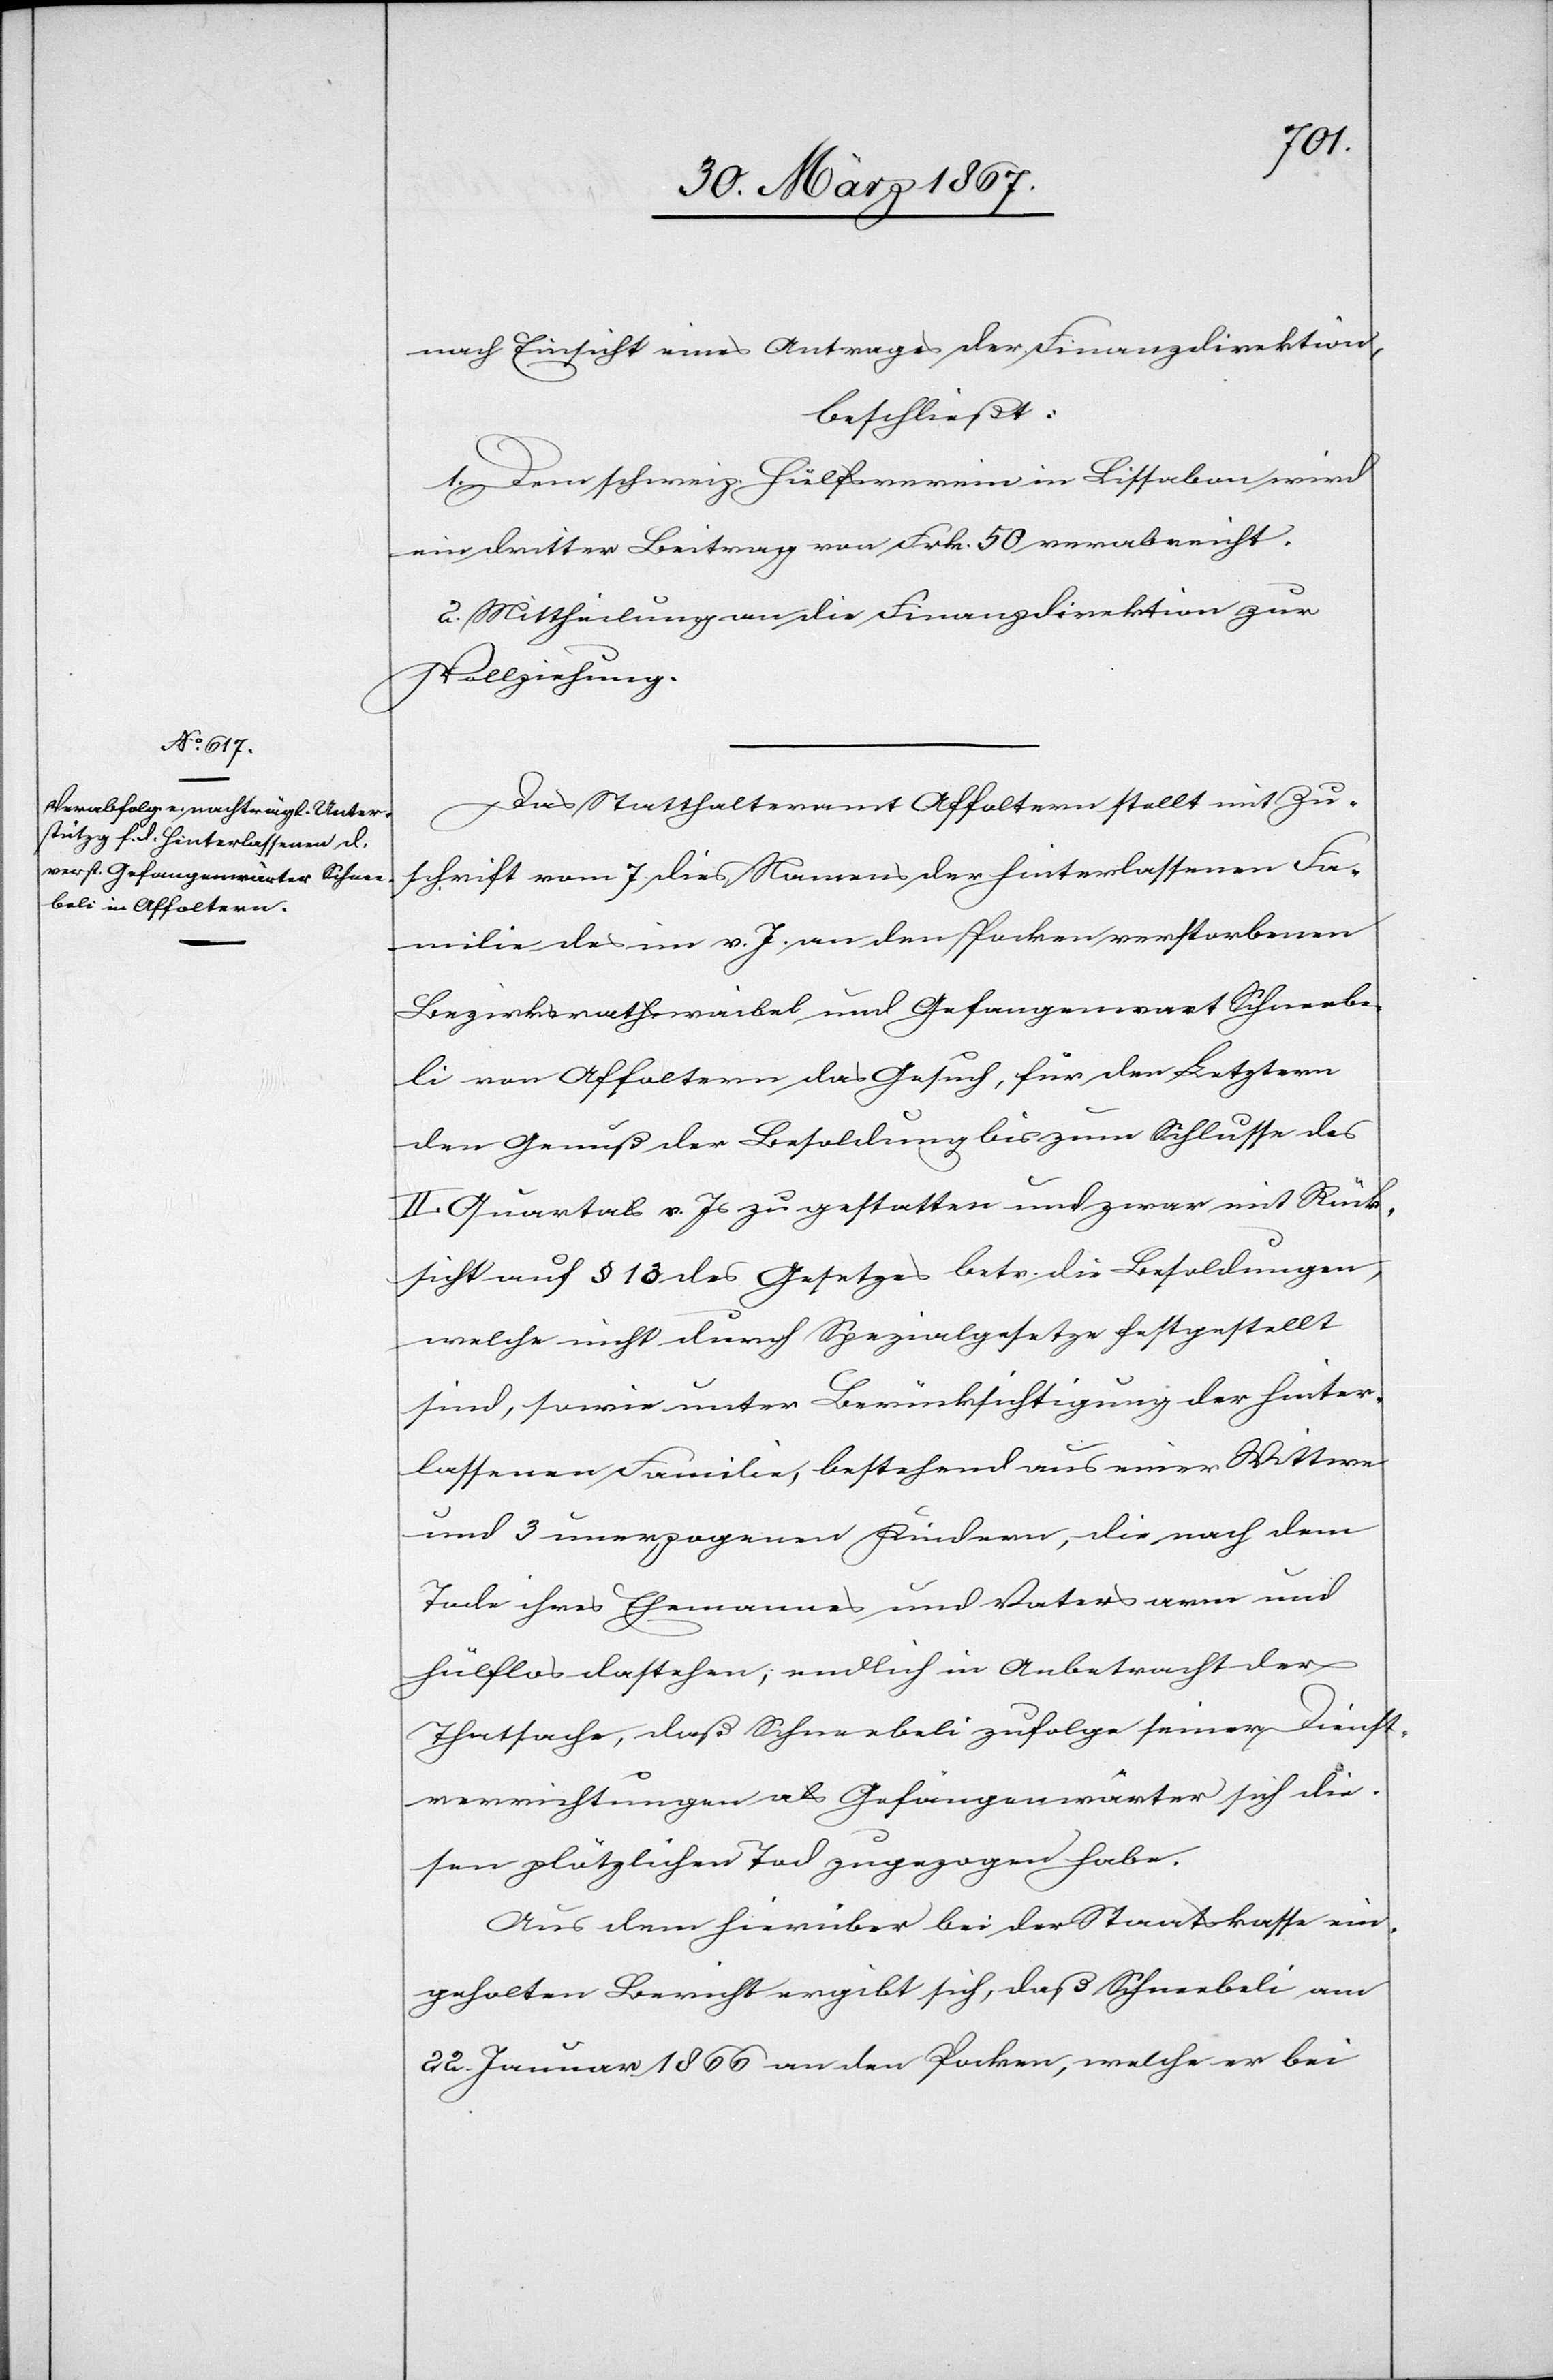
nach Einsicht eines Antrages der Finanzdirektion,
beschließt:
1. Dem schweiz. Hülfsverein in Lissabon wird
ein dritter Beitrag von Frk. 50 verabreicht.
2. Mittheilung an die Finanzdirektion zur
Vollziehung.
Das Statthalteramt Affoltern stellt mit Zu¬
schrift vom 7. dies Namens der hinterlassenen Fa¬
milie des im v. J. an den Pocken verstorbenen
Bezirksrathswaibel und Gefangenwart Schneebe¬
li von Affoltern das Gesuch, für den Letztern
den Genuß der Besoldung bis zum Schlusse des
II. Quartals v. Js zu gestatten und zwar mit Rück¬
sicht auf § 13 des Gesetzes betr. die Besoldungen,
welche nicht durch Spezialgesetze festgestellt
sind, sowie unter Berücksichtigung der hinter¬
lassenen Familie, bestehend aus einer Wittwe
und 3 unerzogenen Kindern, die nach dem
Tode ihres Ehemannes und Vaters arm und
hülflos dastehen; endlich in Anbetracht der
Thatsache, daß Schneebeli zufolge seiner Dienst¬
verrichtungen als Gefangenwärter sich die¬
sen plötzlichen Tod zugezogen habe.
Aus dem hierüber bei der Staatskasse ein¬
geholten Bericht ergibt sich, daß Schneebeli am
22. Januar 1866 an den Pocken, welche er bei